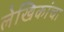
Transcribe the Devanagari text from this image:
लेखिकांचा